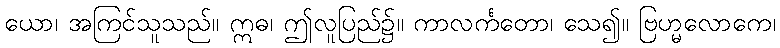
ယော၊ အကြင်သူသည်။ ဣဓ၊ ဤလူပြည်၌။ ကာလင်္ကတော၊ သေ၍။ ဗြဟ္မလောကေ၊